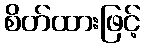
စိတ်ထားဖြင့်